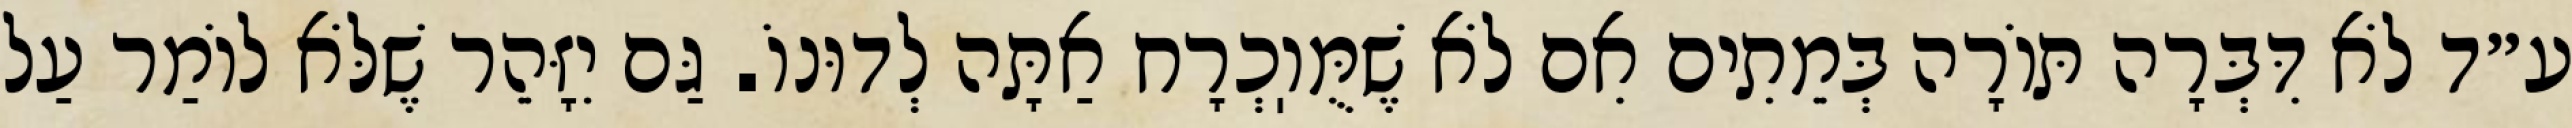
ע״ד לֹא דִּבְּרָה תּוֹרָה בְּמֵתִים אִם לֹא שֶׁמֻּוֽכְרָח אַתָּה לְדוּנוֹ. גַּם יִזָּהֵר שֶׁלֹּא לוֹמַר עַל